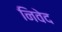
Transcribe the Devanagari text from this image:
निवेद